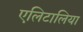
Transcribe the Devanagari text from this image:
एलिटालिया